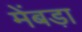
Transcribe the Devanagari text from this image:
मेंबड़ा